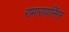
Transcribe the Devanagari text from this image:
रामारायानिंगर